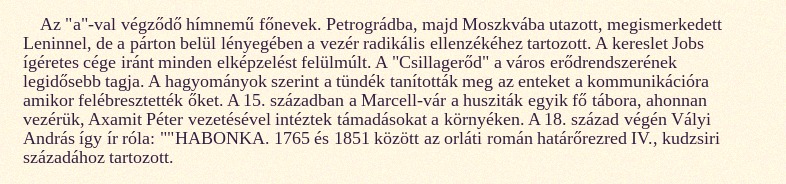
Az "a"-val végződő hímnemű főnevek. Petrográdba, majd Moszkvába utazott, megismerkedett Leninnel, de a párton belül lényegében a vezér radikális ellenzékéhez tartozott. A kereslet Jobs ígéretes cége iránt minden elképzelést felülmúlt. A "Csillagerőd" a város erődrendszerének legidősebb tagja. A hagyományok szerint a tündék tanították meg az enteket a kommunikációra amikor felébresztették őket. A 15. században a Marcell-vár a husziták egyik fő tábora, ahonnan vezérük, Axamit Péter vezetésével intéztek támadásokat a környéken. A 18. század végén Vályi András így ír róla: ""HABONKA. 1765 és 1851 között az orláti román határőrezred IV., kudzsiri századához tartozott.